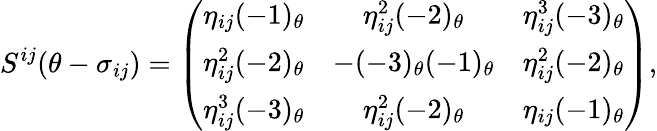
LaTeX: S^{ij}(\theta-\sigma_{ij})=\left(\begin{array}{ccc}{{\eta_{ij}(-1)_{\theta}}}&{{\eta_{ij}^{2}(-2)_{\theta}}}&{{\eta_{ij}^{3}(-3)_{\theta}}}\\ {{\eta_{ij}^{2}(-2)_{\theta}}}&{{-(-3)_{\theta}(-1)_{\theta}}}&{{\eta_{ij}^{2}(-2)_{\theta}}}\\ {{\eta_{ij}^{3}(-3)_{\theta}}}&{{\eta_{ij}^{2}(-2)_{\theta}}}&{{\eta_{ij}(-1)_{\theta}}}\end{array}\right),